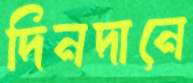
দিনদানে